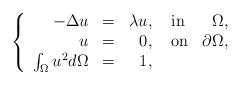
LaTeX: \begin{align*}\left\{\begin{array}{rrrlr}-\Delta u &=& \lambda u,\ &{\rm in} &\Omega,\\u &=& 0,\ &{\rm on} &\partial\Omega,\\\int_{\Omega} u^2 d\Omega &=& 1,\ & &\end{array}\right.\end{align*}